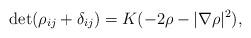
LaTeX: \begin{align*}\det (\rho_{ij}+\delta_{ij})=K(-2\rho-|\nabla \rho|^2),\end{align*}